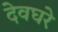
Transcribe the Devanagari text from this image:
देवघरे